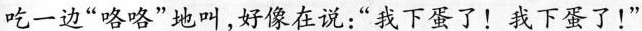
吃一边”咯咯”地叫，好像在说：”我下蛋了！我下蛋了！”